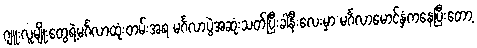
ဂျူးလူမျိုးတွေရဲ့မင်္ဂလာထုံးတမ်းအရ မင်္ဂလာပွဲအဆုံးသတ်ပြီးခါနီးလေးမှာ မင်္ဂလာမောင်နှံကနေပြီးတော့